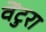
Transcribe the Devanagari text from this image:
वेंटुरा